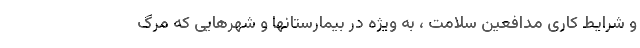
و شرایط کاری مدافعین سلامت ، به ویژه در بیمارستانها و شهرهایی که مرگ